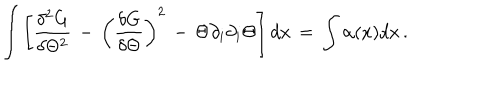
LaTeX: \int \left[ { \frac { \delta ^ { 2 } G } { \delta \Theta ^ { 2 } } } \, - \, \left( { \frac { \delta G } { \delta \Theta } } \right) ^ { 2 } \, - \, \Theta \partial _ { i } \partial _ { i } \Theta \right] d x \, = \, \int \alpha ( x ) d x \, .